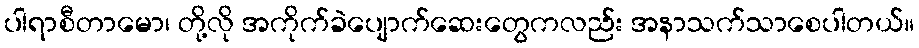
ပါရာစီတာမော၊ တို့လို အကိုက်ခဲပျောက်ဆေးတွေကလည်း အနာသက်သာစေပါတယ်။